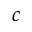
c